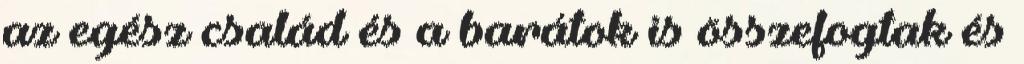
az egész család és a barátok is összefogtak és